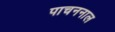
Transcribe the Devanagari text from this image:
पाचननाल